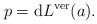
LaTeX: \begin{align*} p = \mathrm{d} L ^{\mathrm{ver}} (a) . \end{align*}